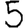
Digit: 5